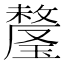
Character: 𬎕